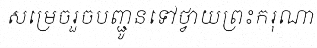
សម្រេចរួចបញ្ជូនទៅថ្វាយព្រះករុណា